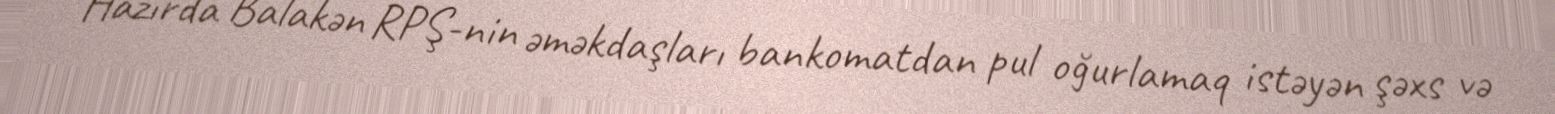
Hazırda Balakən RPŞ-nin əməkdaşları bankomatdan pul oğurlamaq istəyən şəxs və